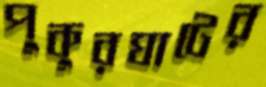
পুকুরঘাটের